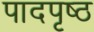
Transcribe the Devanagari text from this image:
पादपृष्ठ